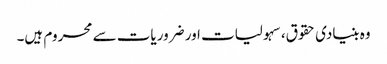
وہ بنیادی حقوق، سہولیات اور ضروریات سے محروم ہیں۔